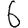
Digit: 6